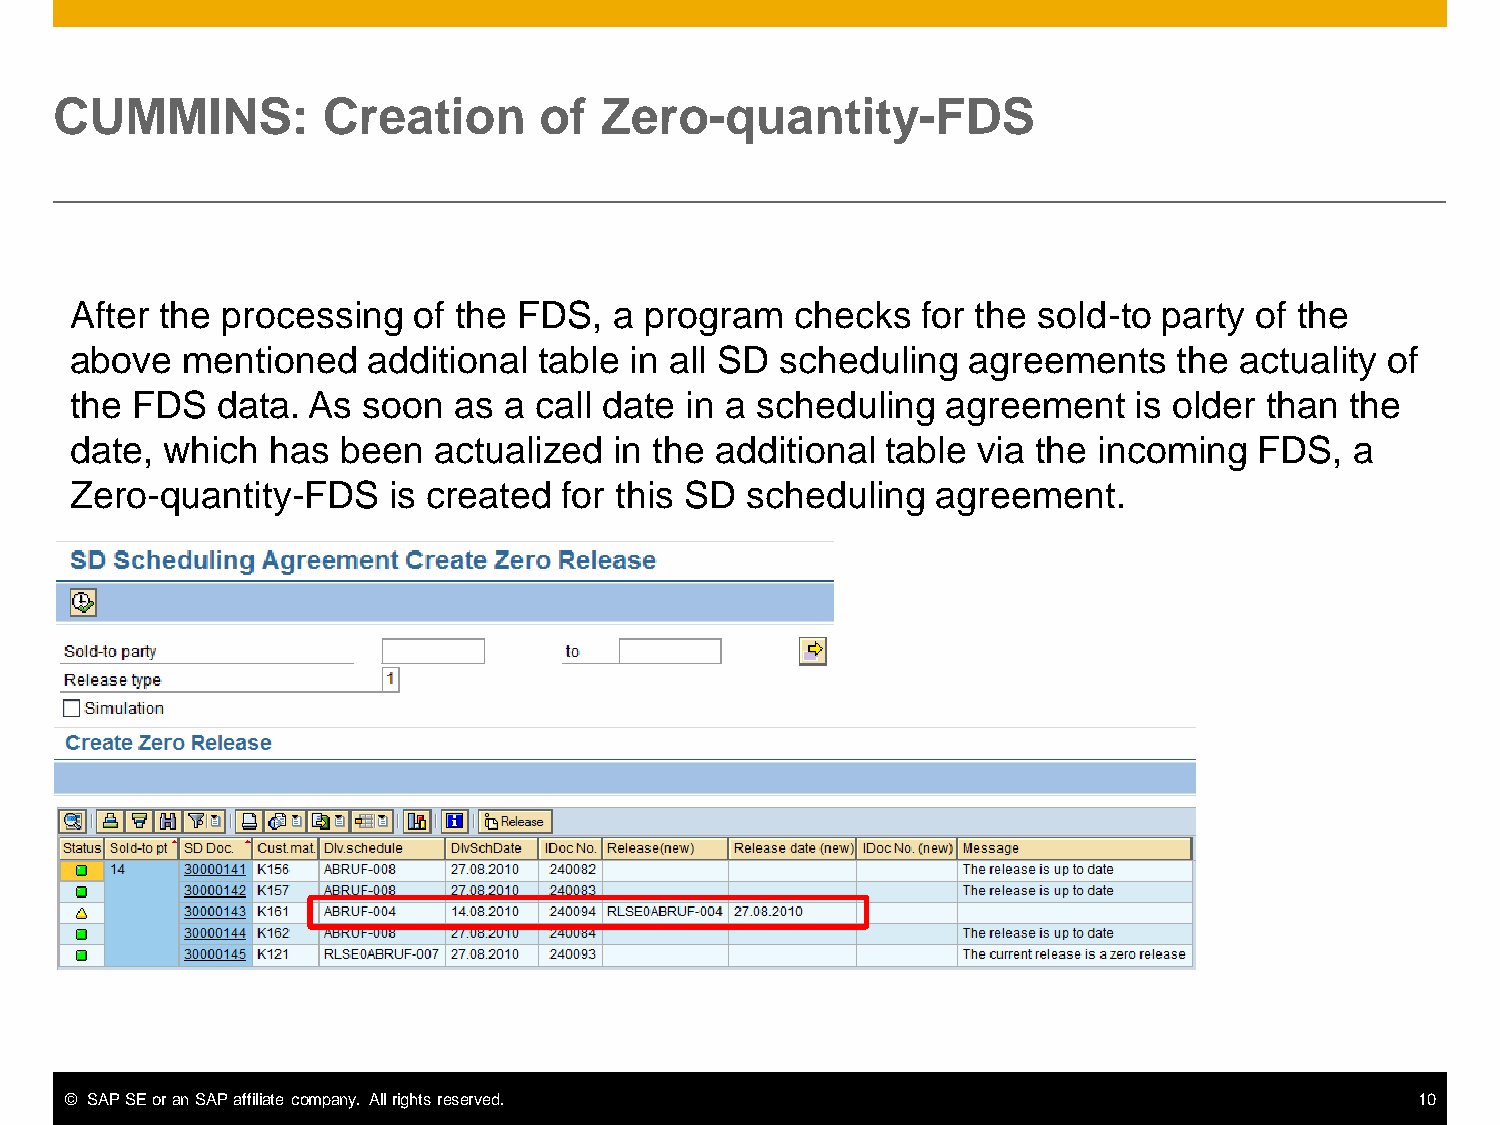
CUMMINS:         Creation       of  Zero-quantity-FDS
 After the processing  of the FDS,   a program   checks  for the sold-to party of the
 above  mentioned   additional  table in all SD scheduling  agreements    the actuality of
 the FDS  data. As  soon  as a call date in a scheduling   agreement   is older than the
 date, which  has  been  actualized  in the additional table via the incoming  FDS,   a
 Zero-quantity-FDS    is created for this SD scheduling   agreement.
 © SAP SE or an SAP affiliate company. All rights reserved.                                10